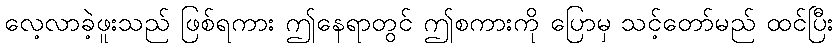
လေ့လာခဲ့ဖူးသည် ဖြစ်ရကား ဤနေရာတွင် ဤစကားကို ပြောမှ သင့်တော်မည် ထင်ပြီး